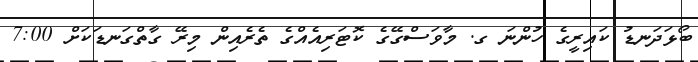
ބޯޅަދަނޑު ކައިރީގެ ހުންނަ ގ. މާވަސްގޭގެ ކޮޓަރިއެއްގެ ތެރެއިން މިރޭ ގާތްގަނޑަކަށް 7:00